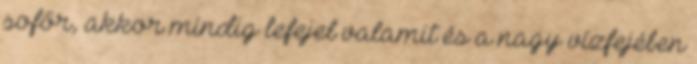
sofőr, akkor mindig lefejel valamit és a nagy vízfejében